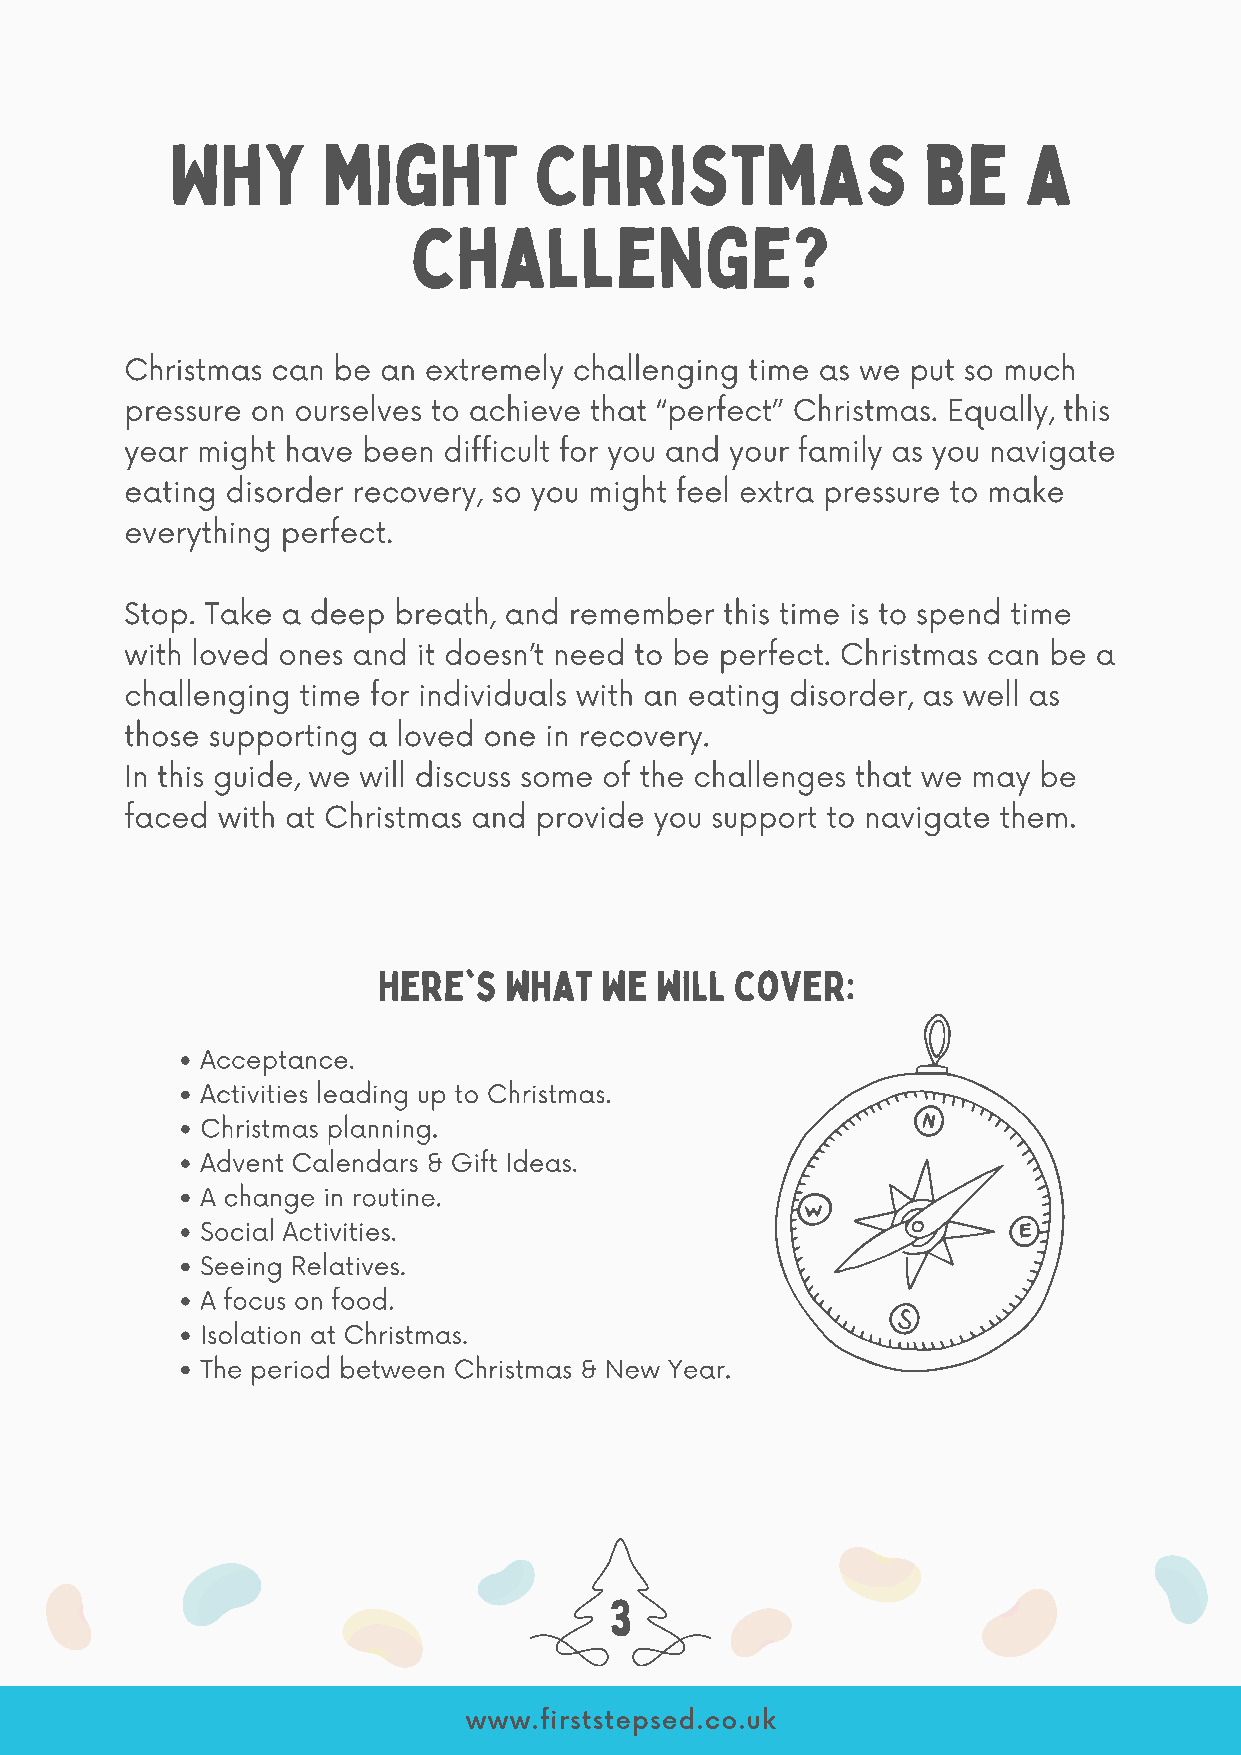
Why       might         Christmas                 be     a
 challenge?
 Christmas can be an extremely challenging time as we put so much
 pressure on ourselves to achieve that “perfect” Christmas. Equally, this
 year might have been difficult for you and your family as you navigate
 eating disorder recovery, so you might feel extra pressure to make
 everything perfect.
 Stop. Take a deep breath, and remember  this time is to spend time
 with loved ones and it doesn’t need to be perfect. Christmas can be a
 challenging time for individuals with an eating disorder, as well as
 those supporting a loved one in recovery.
 In this guide, we will discuss some of the challenges that we may be
 faced with at Christmas and provide you support to navigate them.
 Here's  what   we will  cover:
 • Acceptance.
 • Activities leading up to Christmas.
 • Christmas planning.
 • Advent Calendars & Gift Ideas.
 • A change in routine.
 • Social Activities.
 • Seeing Relatives.
 • A focus on food.
 • Isolation at Christmas.
 • The period between Christmas & New Year.
 3
 www.firststepsed.co.uk